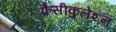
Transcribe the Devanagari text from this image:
फ़ैसीकुलेशन